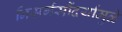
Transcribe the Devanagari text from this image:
निसर्गसौंदर्यामुळे